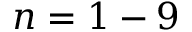
n = 1 - 9